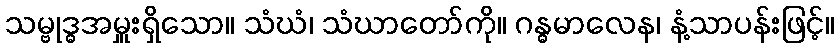
သမ္ဗုဒ္ဓအမှူးရှိသော။ သံဃံ၊ သံဃာတော်ကို။ ဂန္ဓမာလေန၊ နံ့သာပန်းဖြင့်။